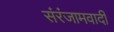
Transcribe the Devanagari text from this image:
संरंजामवादी